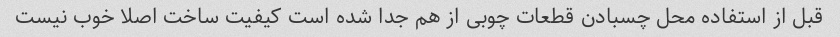
قبل از استفاده محل چسبادن قطعات چوبی از هم جدا شده است کیفیت ساخت اصلا خوب نیست